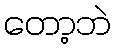
တော့ဘဲ